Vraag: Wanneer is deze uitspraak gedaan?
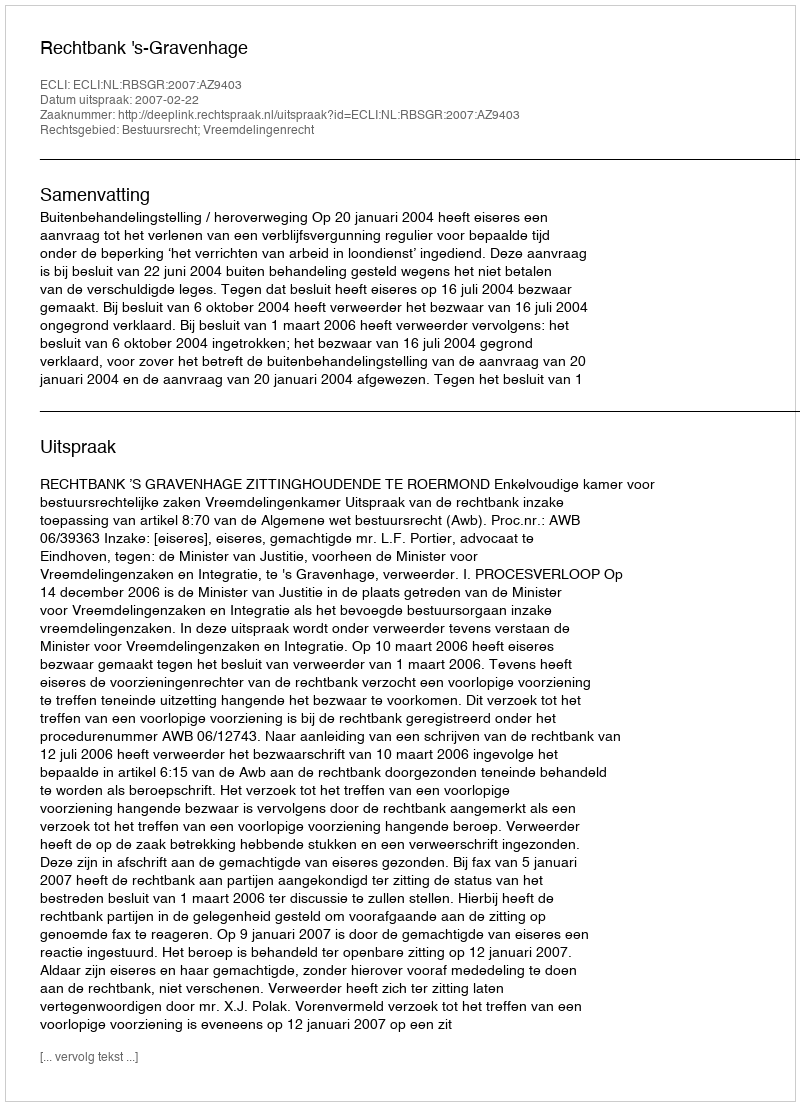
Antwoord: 2007-02-22